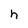
Character: h